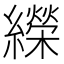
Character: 𦆱